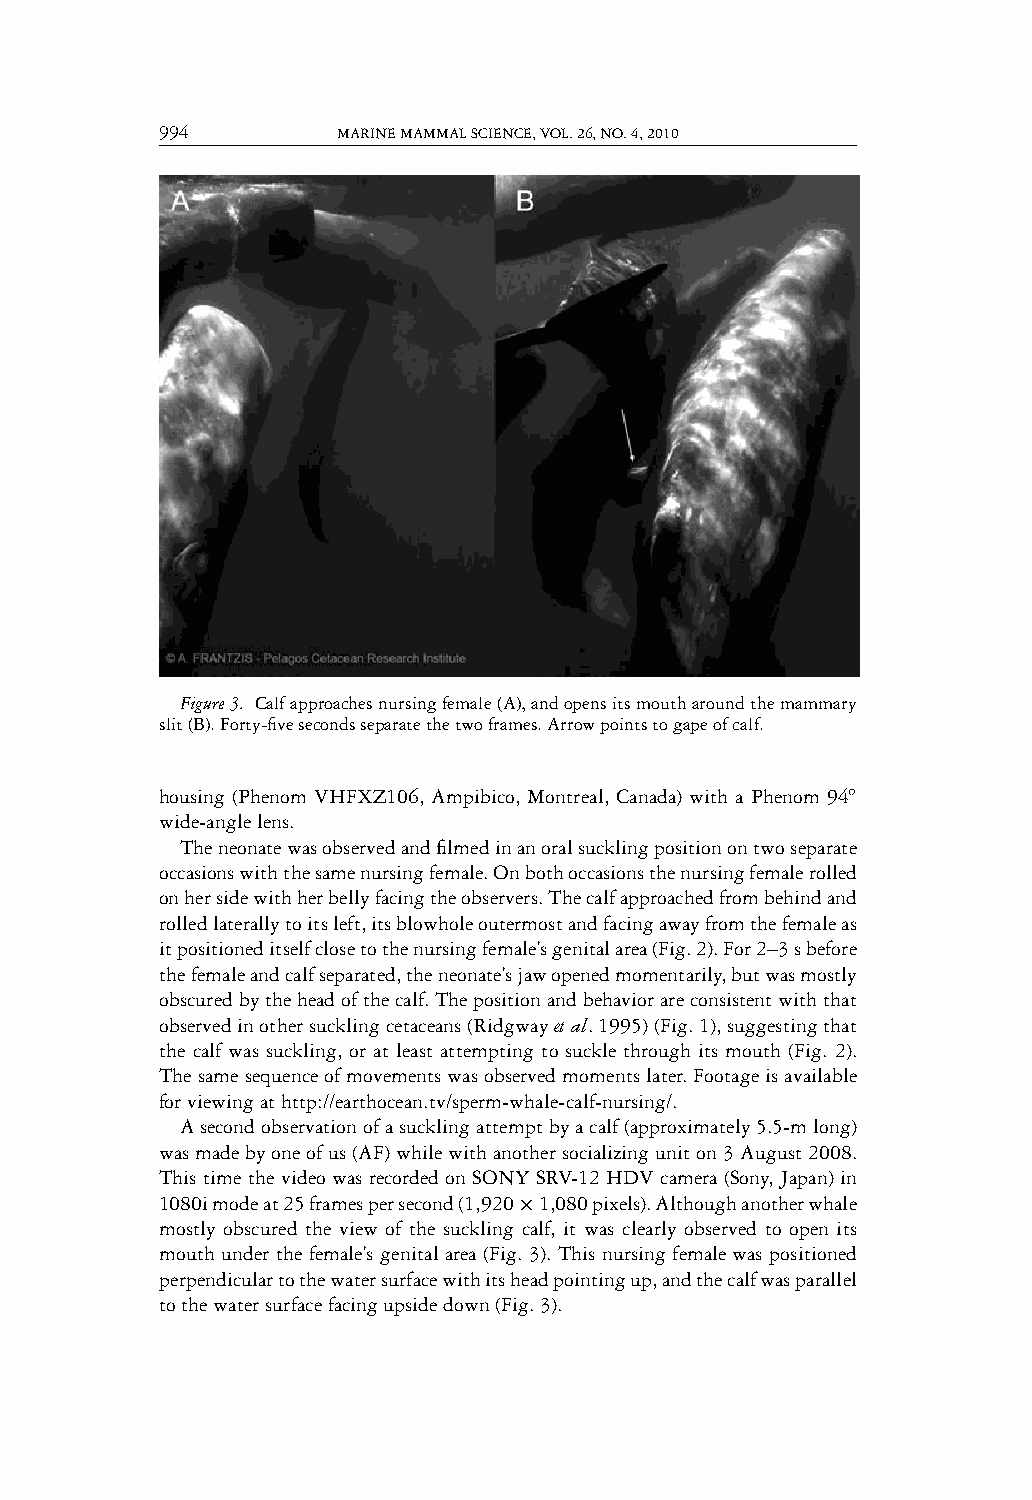
994        MARINEMAMMALSCIENCE,VOL.26,NO.4,2010
 Figure3. Calfapproachesnursingfemale(A),andopensitsmoutharoundthemammary
 slit(B).Forty-fivesecondsseparatethetwoframes.Arrowpointstogapeofcalf.
 housing (Phenom VHFXZ106, Ampibico, Montreal, Canada) with a Phenom 94◦
 wide-anglelens.
 Theneonatewasobservedandfilmedinanoralsucklingpositionontwoseparate
 occasionswiththesamenursingfemale.Onbothoccasionsthenursingfemalerolled
 onhersidewithherbellyfacingtheobservers.Thecalfapproachedfrombehindand
 rolledlaterallytoitsleft,itsblowholeoutermostandfacingawayfromthefemaleas
 itpositioneditselfclosetothenursingfemale’sgenitalarea(Fig.2).For2–3sbefore
 thefemaleandcalfseparated,theneonate’sjawopenedmomentarily,butwasmostly
 obscuredbytheheadofthecalf.Thepositionandbehaviorareconsistentwiththat
 observedinothersucklingcetaceans(Ridgwayetal.1995)(Fig.1),suggestingthat
 the calf was suckling, or at least attempting to suckle through its mouth (Fig. 2).
 Thesamesequenceofmovementswasobservedmomentslater.Footageisavailable
 forviewingathttp://earthocean.tv/sperm-whale-calf-nursing/.
 Asecondobservationofasucklingattemptbyacalf(approximately5.5-mlong)
 wasmadebyoneofus(AF)whilewithanothersocializinguniton3August2008.
 This time the video was recorded on SONY SRV-12 HDV camera (Sony, Japan) in
 1080imodeat25framespersecond(1,920×1,080pixels).Althoughanotherwhale
 mostly obscured the view of the suckling calf, it was clearly observed to open its
 mouth under the female’s genital area (Fig. 3). This nursing female was positioned
 perpendiculartothewatersurfacewithitsheadpointingup,andthecalfwasparallel
 tothewatersurfacefacingupsidedown(Fig.3).